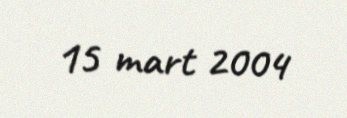
15 mart 2004